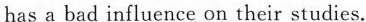
has a bad influence on their studies.